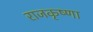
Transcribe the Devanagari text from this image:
राजकृष्णा